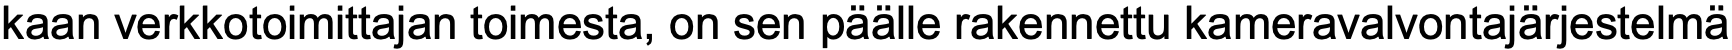
kaan verkkotoimittajan toimesta, on sen päälle rakennettu kameravalvontajärjestelmä